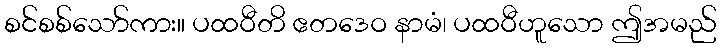
စင်စစ်သော်ကား။ ပထဝီတိ ဧတဒေဝ နာမံ၊ ပထဝီဟူသော ဤအမည်